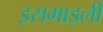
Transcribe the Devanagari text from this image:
इसमाइली